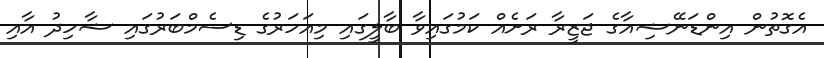
އެގޮތުން އިންޑަނޭޝިއާގެ ޖަޒީރާ ރަށެއް ކަމުގައިވާ ބާލީގައި މިއަހަރުގެ ޑިސެމްބަރުގައި ޝާހިދު އާއި